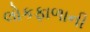
લોકફાળાની